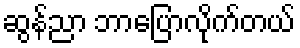
ဆွန်ညာ ဘာပြောလိုက်တယ်